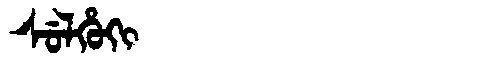
Manchu: ᠰᡠᠯᡥᡠᡴᡳ
Romanization: SULHUKI